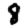
Digit: 8